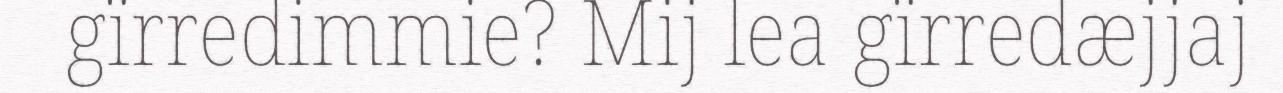
gïrredimmie? Mij lea gïrredæjjaj